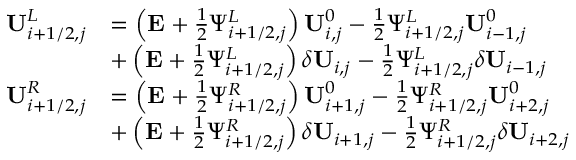
\begin{array} { r l } { \mathbf { U } _ { i + 1 / 2 , j } ^ { L } } & { = \left( \mathbf { E } + \frac { 1 } { 2 } \Psi _ { i + 1 / 2 , j } ^ { L } \right) \mathbf { U } _ { i , j } ^ { 0 } - \frac { 1 } { 2 } \Psi _ { i + 1 / 2 , j } ^ { L } \mathbf { U } _ { i - 1 , j } ^ { 0 } } \\ & { + \left( \mathbf { E } + \frac { 1 } { 2 } \Psi _ { i + 1 / 2 , j } ^ { L } \right) \delta \mathbf { U } _ { i , j } - \frac { 1 } { 2 } \Psi _ { i + 1 / 2 , j } ^ { L } \delta \mathbf { U } _ { i - 1 , j } } \\ { \mathbf { U } _ { i + 1 / 2 , j } ^ { R } } & { = \left( \mathbf { E } + \frac { 1 } { 2 } \Psi _ { i + 1 / 2 , j } ^ { R } \right) \mathbf { U } _ { i + 1 , j } ^ { 0 } - \frac { 1 } { 2 } \Psi _ { i + 1 / 2 , j } ^ { R } \mathbf { U } _ { i + 2 , j } ^ { 0 } } \\ & { + \left( \mathbf { E } + \frac { 1 } { 2 } \Psi _ { i + 1 / 2 , j } ^ { R } \right) \delta \mathbf { U } _ { i + 1 , j } - \frac { 1 } { 2 } \Psi _ { i + 1 / 2 , j } ^ { R } \delta \mathbf { U } _ { i + 2 , j } } \end{array}